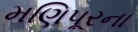
મણિપૂરના